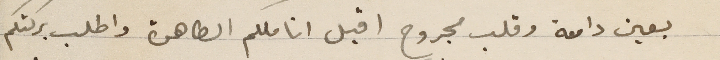
بعين دامعة وقلب مجروح اقبل اناملكم الطاهرة واطلب بركتكم